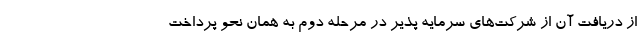
از دریافت آن از شرکت‌های سرمایه پذیر در مرحله دوم به همان نحو پرداخت